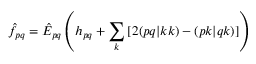
\hat { f } _ { p q } = \hat { E } _ { p q } \left( h _ { p q } + \sum _ { k } \left[ 2 ( p q | k k ) - ( p k | q k ) \right] \right)